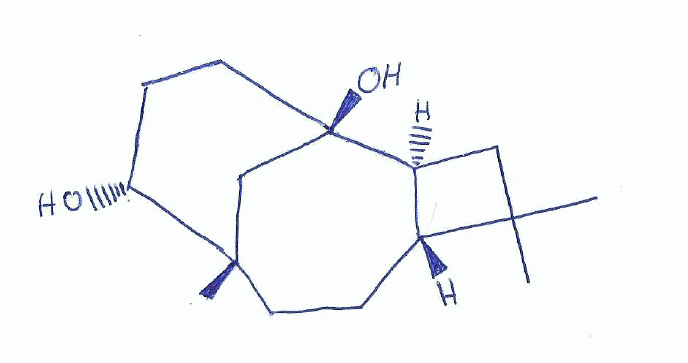
Simplified molecular-input line-entry system (SMILES) notation of the given molecule:
C[C@]12CC[C@@H]3[C@H](CC3(C)C)[C@](C1)(CC[C@H]2O)O